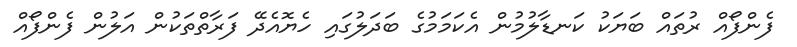
ފެންފޯއް ރުތައް ބަޔަކު ކަނޑާލުމުން އެކަމަމުގެ ބަދަލުގައި ހެޔޮއެދޭ ފަރާތްތަކުން އަލުން ފެންފޯއް